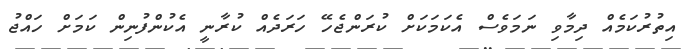
އިތުުރުކަމެއް ދިމާވި ނަމަވެސް އެކަމަކަށް ކުރަންޖެހޭ ހަރަދެއް ކުރާނީ އެކުންފުނިން ކަމަށް ހައްޖު